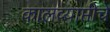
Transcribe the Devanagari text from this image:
कालव्याप्तीचे